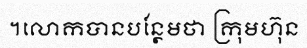
។លោកបានបន្ថែមថា ក្រុមហ៊ុន